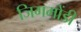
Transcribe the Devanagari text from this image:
जिगमोंडी